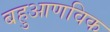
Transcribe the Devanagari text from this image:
बहुआणविक